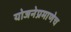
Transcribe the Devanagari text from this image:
योजनेप्रमाणेच